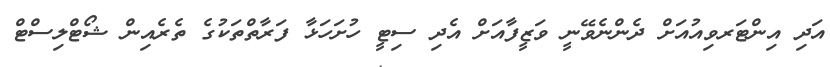
އަދި އިންޓަރވިއުއަށް ދެންނެވޭނީ ވަޒީފާއަށް އެދި ސިޓީ ހުށަހަޅާ ފަރާތްތަކުގެ ތެރެއިން ޝޯޓްލިސްޓް